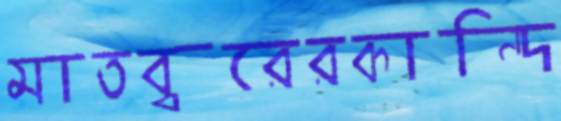
মাতব্বরেরকান্দি